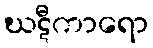
ဃဋီကာရော